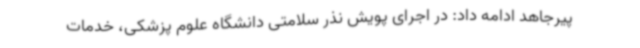
پیرجاهد ادامه داد: در اجرای پویش نذر سلامتی دانشگاه علوم‌ پزشکی، خدمات